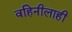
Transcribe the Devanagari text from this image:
वहिनीलाही